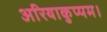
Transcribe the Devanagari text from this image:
अरियाकुप्पम।